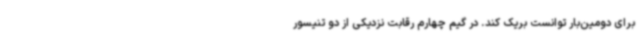
برای دومین‌بار توانست بریک کند. در گیم چهارم رقابت نزدیکی از دو تنیسور